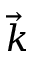
\vec { k }